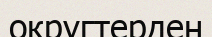
округтерден